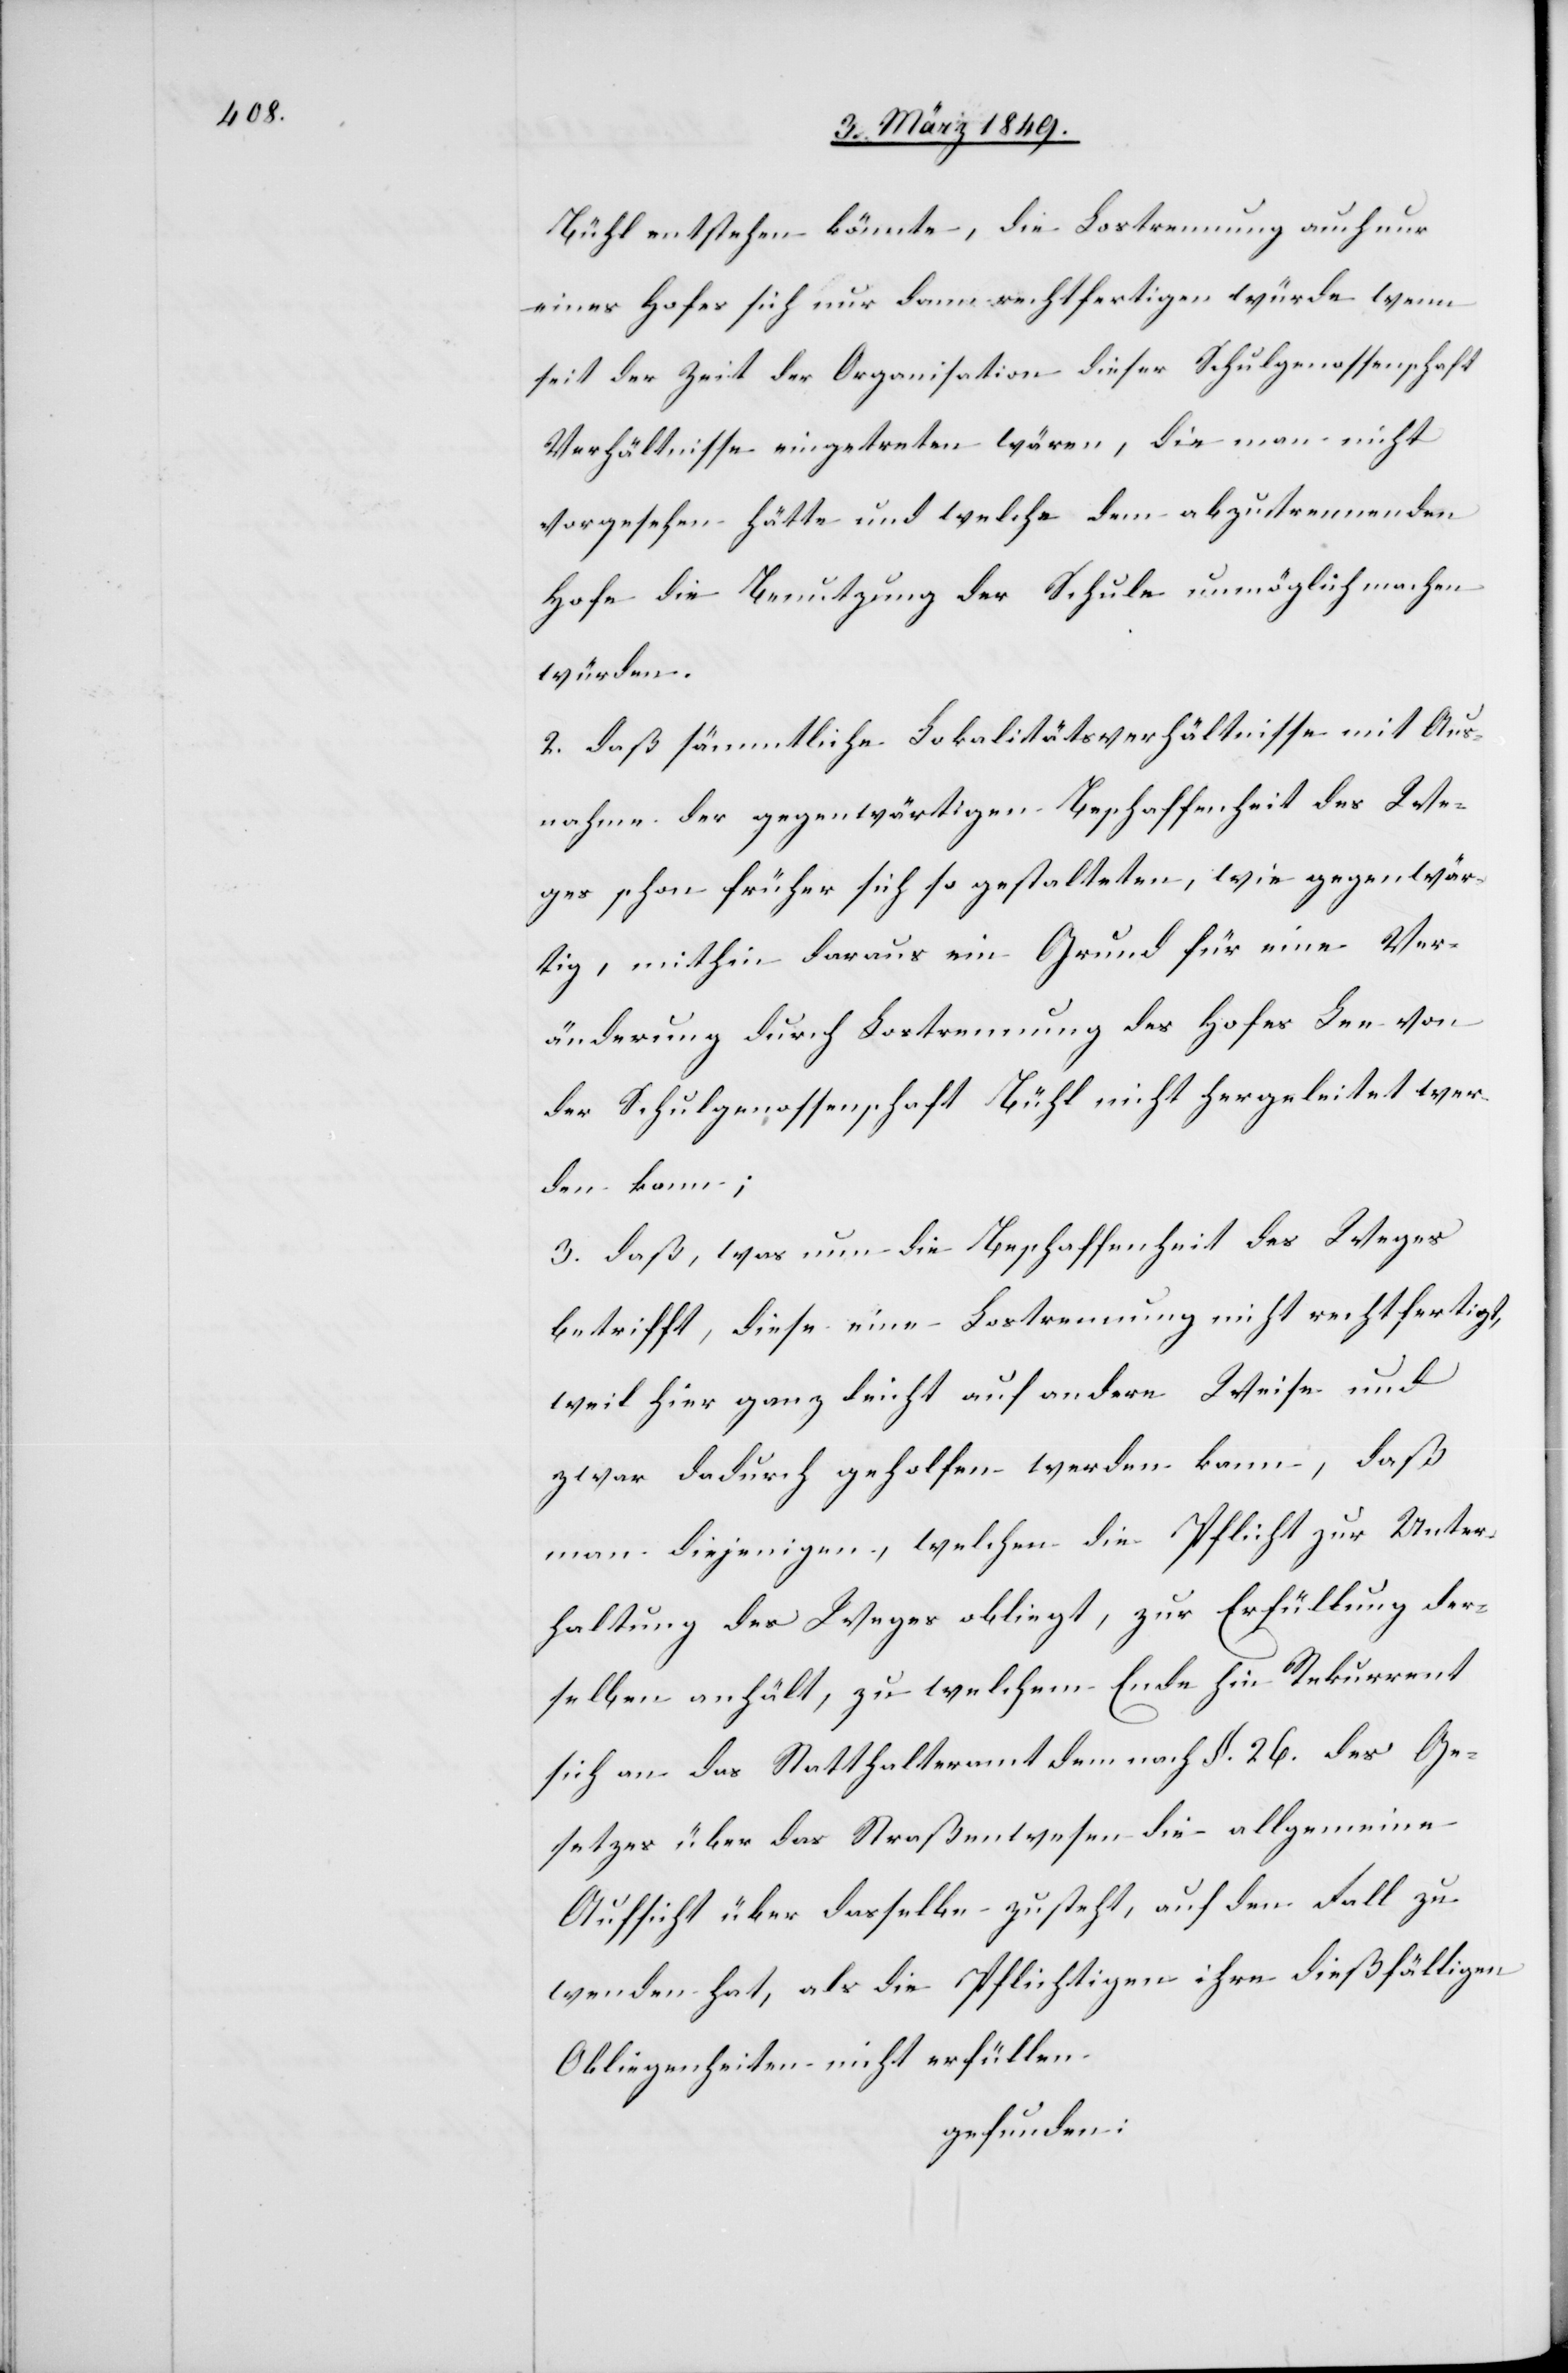
Bühl entstehen könnte, die Lostrennung auch nur
eines Hofes sich nur dann rechtfertigen würde wenn
seit der Zeit der Organisation dieser Schulgenossenschaft
Verhältnisse eingetreten wären, die man nicht
vorgesehen hätte und welche dem abzutrennenden
Hofe die Benutzung der Schule unmöglich machen
würden.
2. daß sämmtliche Lokalitätsverhältnisse mit Aus¬
nahme der gegenwärtigen Beschaffenheit des We¬
ges schon früher sich so gestalteten, wie gegenwär¬
tig, mithin daraus ein Grund für eine Ver¬
änderung durch Lostrennung des Hofes Lee von
der Schulgenossenschaft Bühl nicht hergeleitet wer¬
den kann;
3. daß, was nun die Beschaffenheit des Weges
betrifft, diese eine Lostrennung nicht rechtfertigt,
weil hier ganz leicht auf andere Weise und
zwar dadurch geholfen werden kann, daß
man diejenigen, welchen die Pflicht zur Unter¬
haltung des Weges obliegt, zur Erfüllung der¬
selben anhält, zu welchem Ende hin Rekurrent
sich an das Statthalteramt dem nach §. 26. des Ge¬
setzes über das Straßenwesen die allgemeine
Aufsicht über dasselbe zusteht, auf den Fall zu
wenden hat, als die Pflichtigen ihre dießfälligen
Obliegenheiten nicht erfüllen
gefunden: